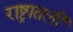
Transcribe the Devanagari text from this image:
राष्ट्रातली